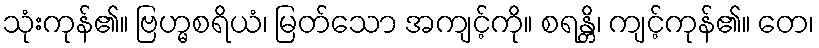
သုံးကုန်၏။ ဗြဟ္မစရိယံ၊ မြတ်သော အကျင့်ကို။ စရန္တိ၊ ကျင့်ကုန်၏။ တေ၊